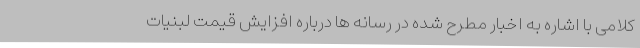
کلامی با اشاره به اخبار مطرح شده در رسانه ها درباره افزایش قیمت لبنیات